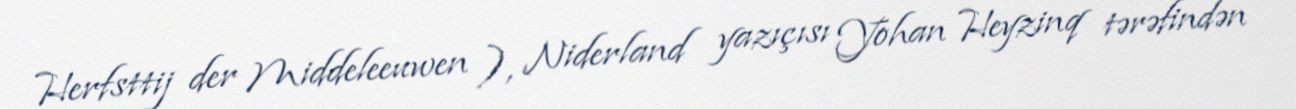
Herfsttij der Middeleeuwen ), Niderland yazıçısı Yohan Heyzinq tərəfindən